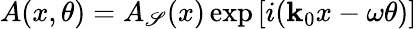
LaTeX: A(x,\theta)=A_{\mathscr{S}}(x)\exp\left[i(\mathbf{k}_{0}x-\omega\theta)\right]